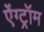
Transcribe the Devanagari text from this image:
ऐंग्ट्रॉम